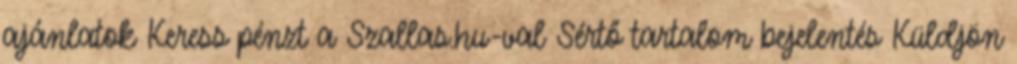
ajánlatok Keress pénzt a Szallas.hu-val Sértő tartalom bejelentés Küldjön